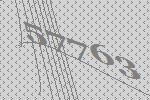
57763